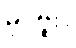
မှင်ဗူး။